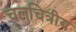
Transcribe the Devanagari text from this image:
चलचित्रीय